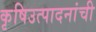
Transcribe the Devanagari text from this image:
कृषिउत्पादनांची